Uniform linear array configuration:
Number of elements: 48
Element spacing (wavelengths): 0.5
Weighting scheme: cosine
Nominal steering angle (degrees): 60
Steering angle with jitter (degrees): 60.415
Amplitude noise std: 0.05
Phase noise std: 0.05

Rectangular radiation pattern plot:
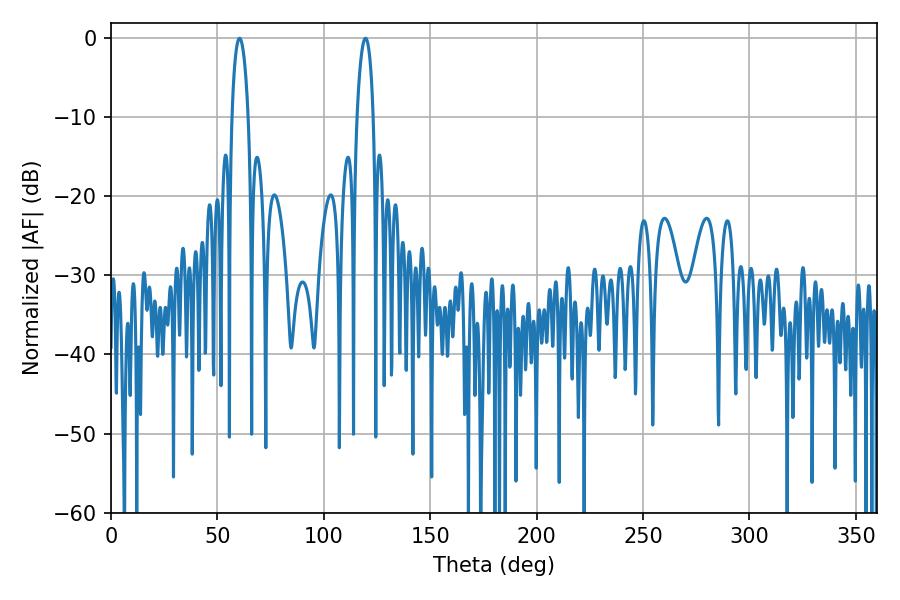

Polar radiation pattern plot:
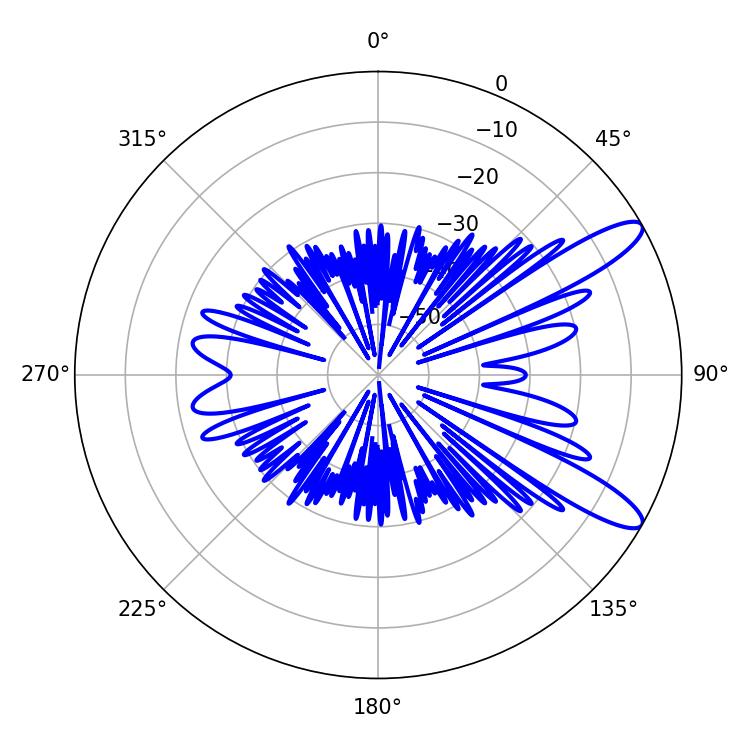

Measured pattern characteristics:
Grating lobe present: FALSE
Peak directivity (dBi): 11.382
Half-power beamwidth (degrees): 4.32
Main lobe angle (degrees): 60.48